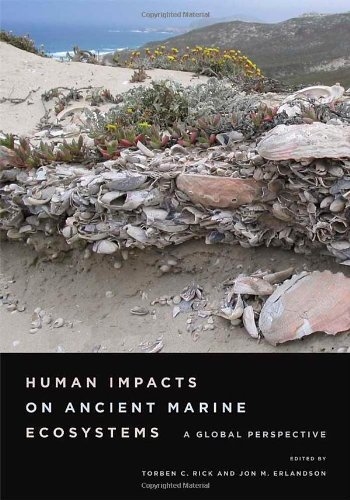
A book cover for Human Impacts on Ancient Marine Ecosystems: A Global Perspective; History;